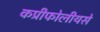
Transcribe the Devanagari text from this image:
कप्रीफोलीयसे